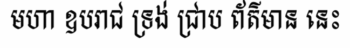
មហា ឧបរាជ ទ្រង់ ជ្រាប ព័ត៌មាន នេះ